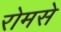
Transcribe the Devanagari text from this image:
रोमसे